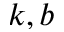
k , b